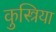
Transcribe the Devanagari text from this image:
कुस्त्रिया